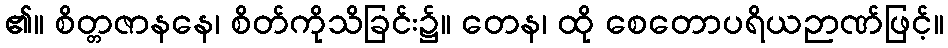
၏။ စိတ္တဇာနနေ၊ စိတ်ကိုသိခြင်း၌။ တေန၊ ထို စေတောပရိယဉာဏ်ဖြင့်။